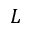
L